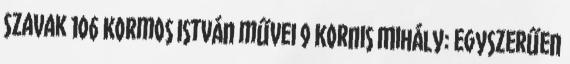
Szavak 106 Kormos István művei 9 Kornis Mihály: Egyszerűen